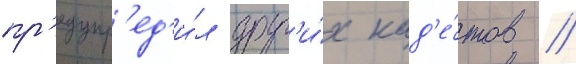
пр'едупр'ед'и́л друг'и́х кад'е́тов //